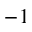
^ { - 1 }